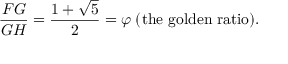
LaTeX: { \frac { F G } { G H } } = { \frac { 1 + { \sqrt { 5 } } } { 2 } } = \varphi \; ( { \mathrm { t h e ~ g o l d e n ~ r a t i o } } ) .